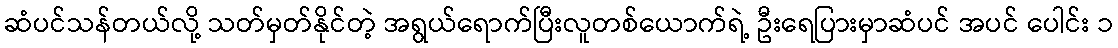
ဆံပင်သန်တယ်လို့ သတ်မှတ်နိုင်တဲ့ အရွယ်ရောက်ပြီးလူတစ်ယောက်ရဲ့ ဦးရေပြားမှာဆံပင် အပင် ပေါင်း ၁